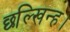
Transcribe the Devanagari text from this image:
छल्खिन्ह।